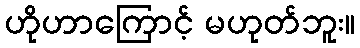
ဟိုဟာကြောင့် မဟုတ်ဘူး။